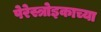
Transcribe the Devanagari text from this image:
पेरेस्त्रोइकाच्या